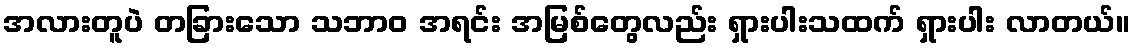
အလားတူပဲ တခြားသော သဘာဝ အရင်း အမြစ်တွေလည်း ရှားပါးသထက် ရှားပါး လာတယ်။